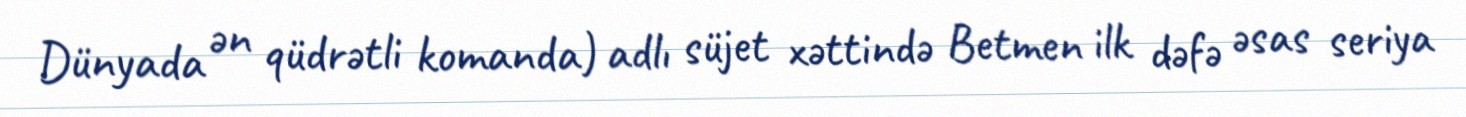
Dünyada ən qüdrətli komanda) adlı süjet xəttində Betmen ilk dəfə əsas seriya